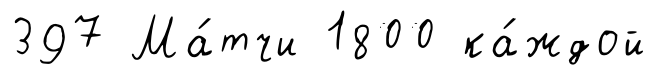
397 Ма́тчи 1800 ка́ждой